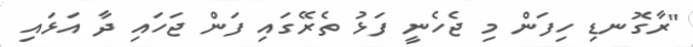
"ރާގޮނޑި ހިފަން މި ޖެހެނީ ފަޅު ތެރޭގައި ފަން ޖަަހައި ދާ އަޅައި